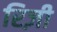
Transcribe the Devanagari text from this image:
रिज़ी